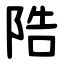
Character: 䧊